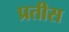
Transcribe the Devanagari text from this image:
प्रतीस